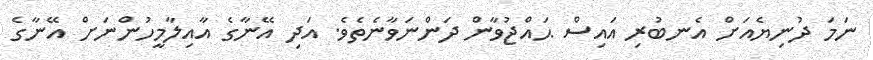
ނަމަ ދުނިޔެއަށް އެނބުރި އައިސް ޙައްޖުވާން ދަންނަވާނެތެވެ. އަދި އޭނާގެ އާއިލާމީހުންނަށް އޭނާގެ